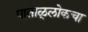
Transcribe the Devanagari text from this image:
पाताळ्लोकचा